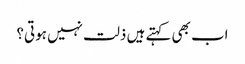
اب بھی کہتے ہیں ذلت نہیں ہوتی؟